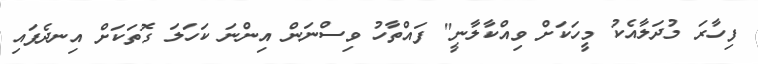
ފިހާރަ މުދަލާއެކު މީހަކަށް ވިއްކާލާނީ" ފައްތާހު ވިސްނަން އިންނަ ކަހަލަ ގޮތަކަށް އިނދެފައި